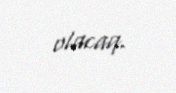
olacaq.